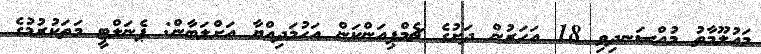
މައުލޫމާތު މުއްސަނދިވި 18 އަހަރުން ދަށުގެ ޗެމްޕިއަންކަން އަހުމަދިއްޔާ އަށްލަބާން: ޕެނަލްޓީ މަތަކުރުމުގެ